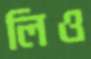
লিও